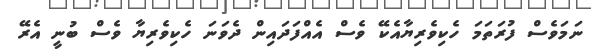
ނަމަވެސް ފުރަތަމަ ހެކިވެރިޔާއެކޭ ވެސް އެއްފަދައިން ދެވަނަ ހެކިވެރިޔާ ވެސް ބުނީ އެރޭ